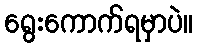
ရွေးကောက်ရမှာပဲ။